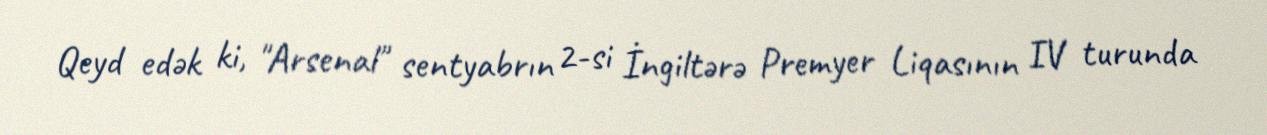
Qeyd edək ki, "Arsenal" sentyabrın 2-si İngiltərə Premyer Liqasının IV turunda